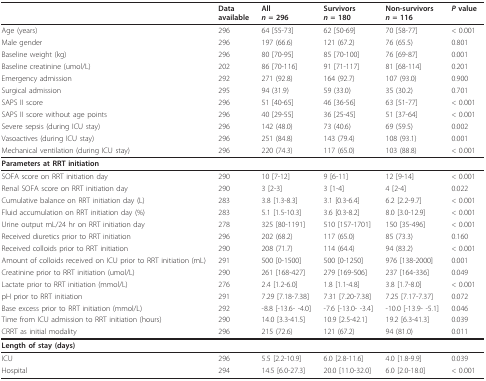
<table><thead><tr><td></td><td><b>Dataavailable</b></td><td><b>All<i>n </i>= 296</b></td><td><b>Survivors<i>n </i>= 180</b></td><td><b>Non-survivors<i>n </i>= 116</b></td><td><b><i>P </i>value</b></td></tr></thead><tbody><tr><td>Age (years)</td><td>296</td><td>64 [55-73]</td><td>62 [50-69]</td><td>70 [58-77]</td><td>&lt; 0.001</td></tr><tr><td>Male gender</td><td>296</td><td>197 (66.6)</td><td>121 (67.2)</td><td>76 (65.5)</td><td>0.801</td></tr><tr><td>Baseline weight (kg)</td><td>296</td><td>80 [70-95]</td><td>85 [70-100]</td><td>76 [69-87]</td><td>0.001</td></tr><tr><td>Baseline creatinine (umol/L)</td><td>202</td><td>86 [70-116]</td><td>91 [71-117]</td><td>81 [68-114]</td><td>0.201</td></tr><tr><td>Emergency admission</td><td>292</td><td>271 (92.8)</td><td>164 (92.7)</td><td>107 (93.0)</td><td>0.900</td></tr><tr><td>Surgical admission</td><td>295</td><td>94 (31.9)</td><td>59 (33.0)</td><td>35 (30.2)</td><td>0.701</td></tr><tr><td>SAPS II score</td><td>296</td><td>51 [40-65]</td><td>46 [36-56]</td><td>63 [51-77]</td><td>&lt; 0.001</td></tr><tr><td>SAPS II score without age points</td><td>296</td><td>40 [29-55]</td><td>36 [25-45]</td><td>51 [37-64]</td><td>&lt; 0.001</td></tr><tr><td>Severe sepsis (during ICU stay)</td><td>296</td><td>142 (48.0)</td><td>73 (40.6)</td><td>69 (59.5)</td><td>0.002</td></tr><tr><td>Vasoactives (during ICU stay)</td><td>296</td><td>251 (84.8)</td><td>143 (79.4)</td><td>108 (93.1)</td><td>0.001</td></tr><tr><td>Mechanical ventilation (during ICU stay)</td><td>296</td><td>220 (74.3)</td><td>117 (65.0)</td><td>103 (88.8)</td><td>&lt; 0.001</td></tr><tr><td><b>Parameters at RRT initiation</b></td><td></td><td></td><td></td><td></td><td></td></tr><tr><td>SOFA score on RRT initiation day</td><td>290</td><td>10 [7-12]</td><td>9 [6-11]</td><td>12 [9-14]</td><td>&lt; 0.001</td></tr><tr><td>Renal SOFA score on RRT initiation day</td><td>290</td><td>3 [2-3]</td><td>3 [1-4]</td><td>4 [2-4]</td><td>0.022</td></tr><tr><td>Cumulative balance on RRT initiation day (L)</td><td>283</td><td>3.8 [1.3-8.3]</td><td>3.1 [0.3-6.4]</td><td>6.2 [2.2-9.7]</td><td>&lt; 0.001</td></tr><tr><td>Fluid accumulation on RRT initiation day (%)</td><td>283</td><td>5.1 [1.5-10.3]</td><td>3.6 [0.3-8.2]</td><td>8.0 [3.0-12.9]</td><td>&lt; 0.001</td></tr><tr><td>Urine output mL/24 hr on RRT initiation day</td><td>278</td><td>325 [80-1191]</td><td>510 [157-1701]</td><td>150 [35-496]</td><td>&lt; 0.001</td></tr><tr><td>Received diuretics prior to RRT initiation</td><td>296</td><td>202 (68.2)</td><td>117 (65.0)</td><td>85 (73.3)</td><td>0.160</td></tr><tr><td>Received colloids prior to RRT initiation</td><td>290</td><td>208 (71.7)</td><td>114 (64.4)</td><td>94 (83.2)</td><td>&lt; 0.001</td></tr><tr><td>Amount of colloids received on ICU prior to RRT initiation (mL)</td><td>291</td><td>500 [0-1500]</td><td>500 [0-1250]</td><td>976 [138-2000]</td><td>0.001</td></tr><tr><td>Creatinine prior to RRT initiation (umol/L)</td><td>290</td><td>261 [168-427]</td><td>279 [169-506]</td><td>237 [164-336]</td><td>0.049</td></tr><tr><td>Lactate prior to RRT initiation (mmol/L)</td><td>276</td><td>2.4 [1.2-6.0]</td><td>1.8 [1.1-4.8]</td><td>3.8 [1.7-8.0]</td><td>&lt; 0.001</td></tr><tr><td>pH prior to RRT initiation</td><td>291</td><td>7.29 [7.18-7.38]</td><td>7.31 [7.20-7.38]</td><td>7.25 [7.17-7.37]</td><td>0.072</td></tr><tr><td>Base excess prior to RRT initiation (mmol/L)</td><td>292</td><td>-8.8 [-13.6- -4.0]</td><td>-7.6 [-13.0- -3.4]</td><td>-10.0 [-13.9- -5.1]</td><td>0.046</td></tr><tr><td>Time from ICU admission to RRT initiation (hours)</td><td>290</td><td>14.0 [3.3-41.5]</td><td>10.9 [2.5-42.1]</td><td>19.2 [6.3-41.3]</td><td>0.039</td></tr><tr><td>CRRT as initial modality</td><td>296</td><td>215 (72.6)</td><td>121 (67.2)</td><td>94 (81.0)</td><td>0.011</td></tr><tr><td><b>Length of stay (days)</b></td><td></td><td></td><td></td><td></td><td></td></tr><tr><td>ICU</td><td>296</td><td>5.5 [2.2-10.9]</td><td>6.0 [2.8-11.6]</td><td>4.0 [1.8-9.9]</td><td>0.039</td></tr><tr><td>Hospital</td><td>294</td><td>14.5 [6.0-27.3]</td><td>20.0 [11.0-32.0]</td><td>6.0 [2.0-18.0]</td><td>&lt; 0.001</td></tr></tbody></table>